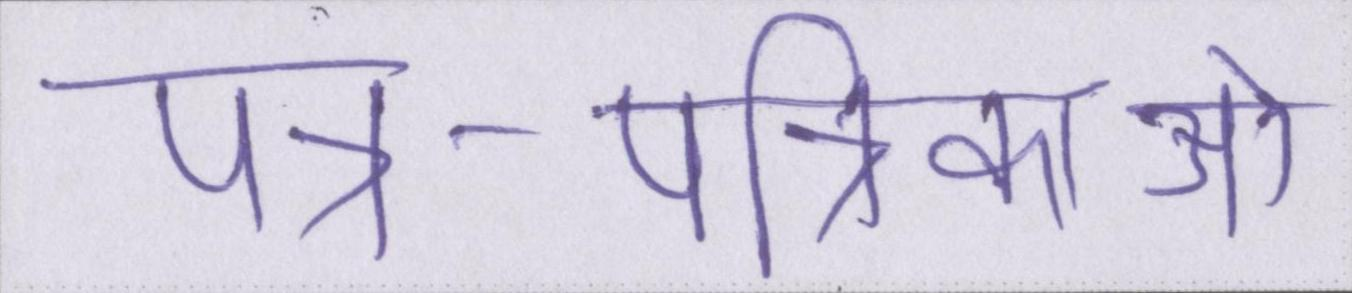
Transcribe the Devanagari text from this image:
पत्र-पत्रिकाओं